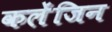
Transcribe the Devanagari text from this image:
कलेंजिन